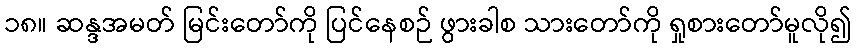
၁၈။ ဆန္ဒအမတ် မြင်းတော်ကို ပြင်နေစဉ် ဖွားခါစ သားတော်ကို ရှုစားတော်မူလို၍